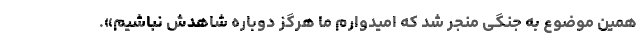
همین موضوع به جنگی منجر شد که امیدوارم ما هرگز دوباره شاهدش نباشیم».